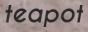
teapot